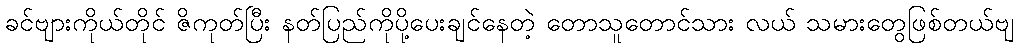
ခင်ဗျားကိုယ်တိုင် ဇိကုတ်ပြီး နတ်ပြည်ကိုပို့ပေးချင်နေတဲ့ တောသူတောင်သား လယ် သမားတွေဖြစ်တယ်ဗျ